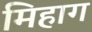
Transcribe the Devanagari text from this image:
मिहाग